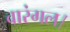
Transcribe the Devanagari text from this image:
वारंगल।